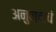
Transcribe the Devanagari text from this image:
अनुवादाचं